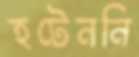
হটেননি